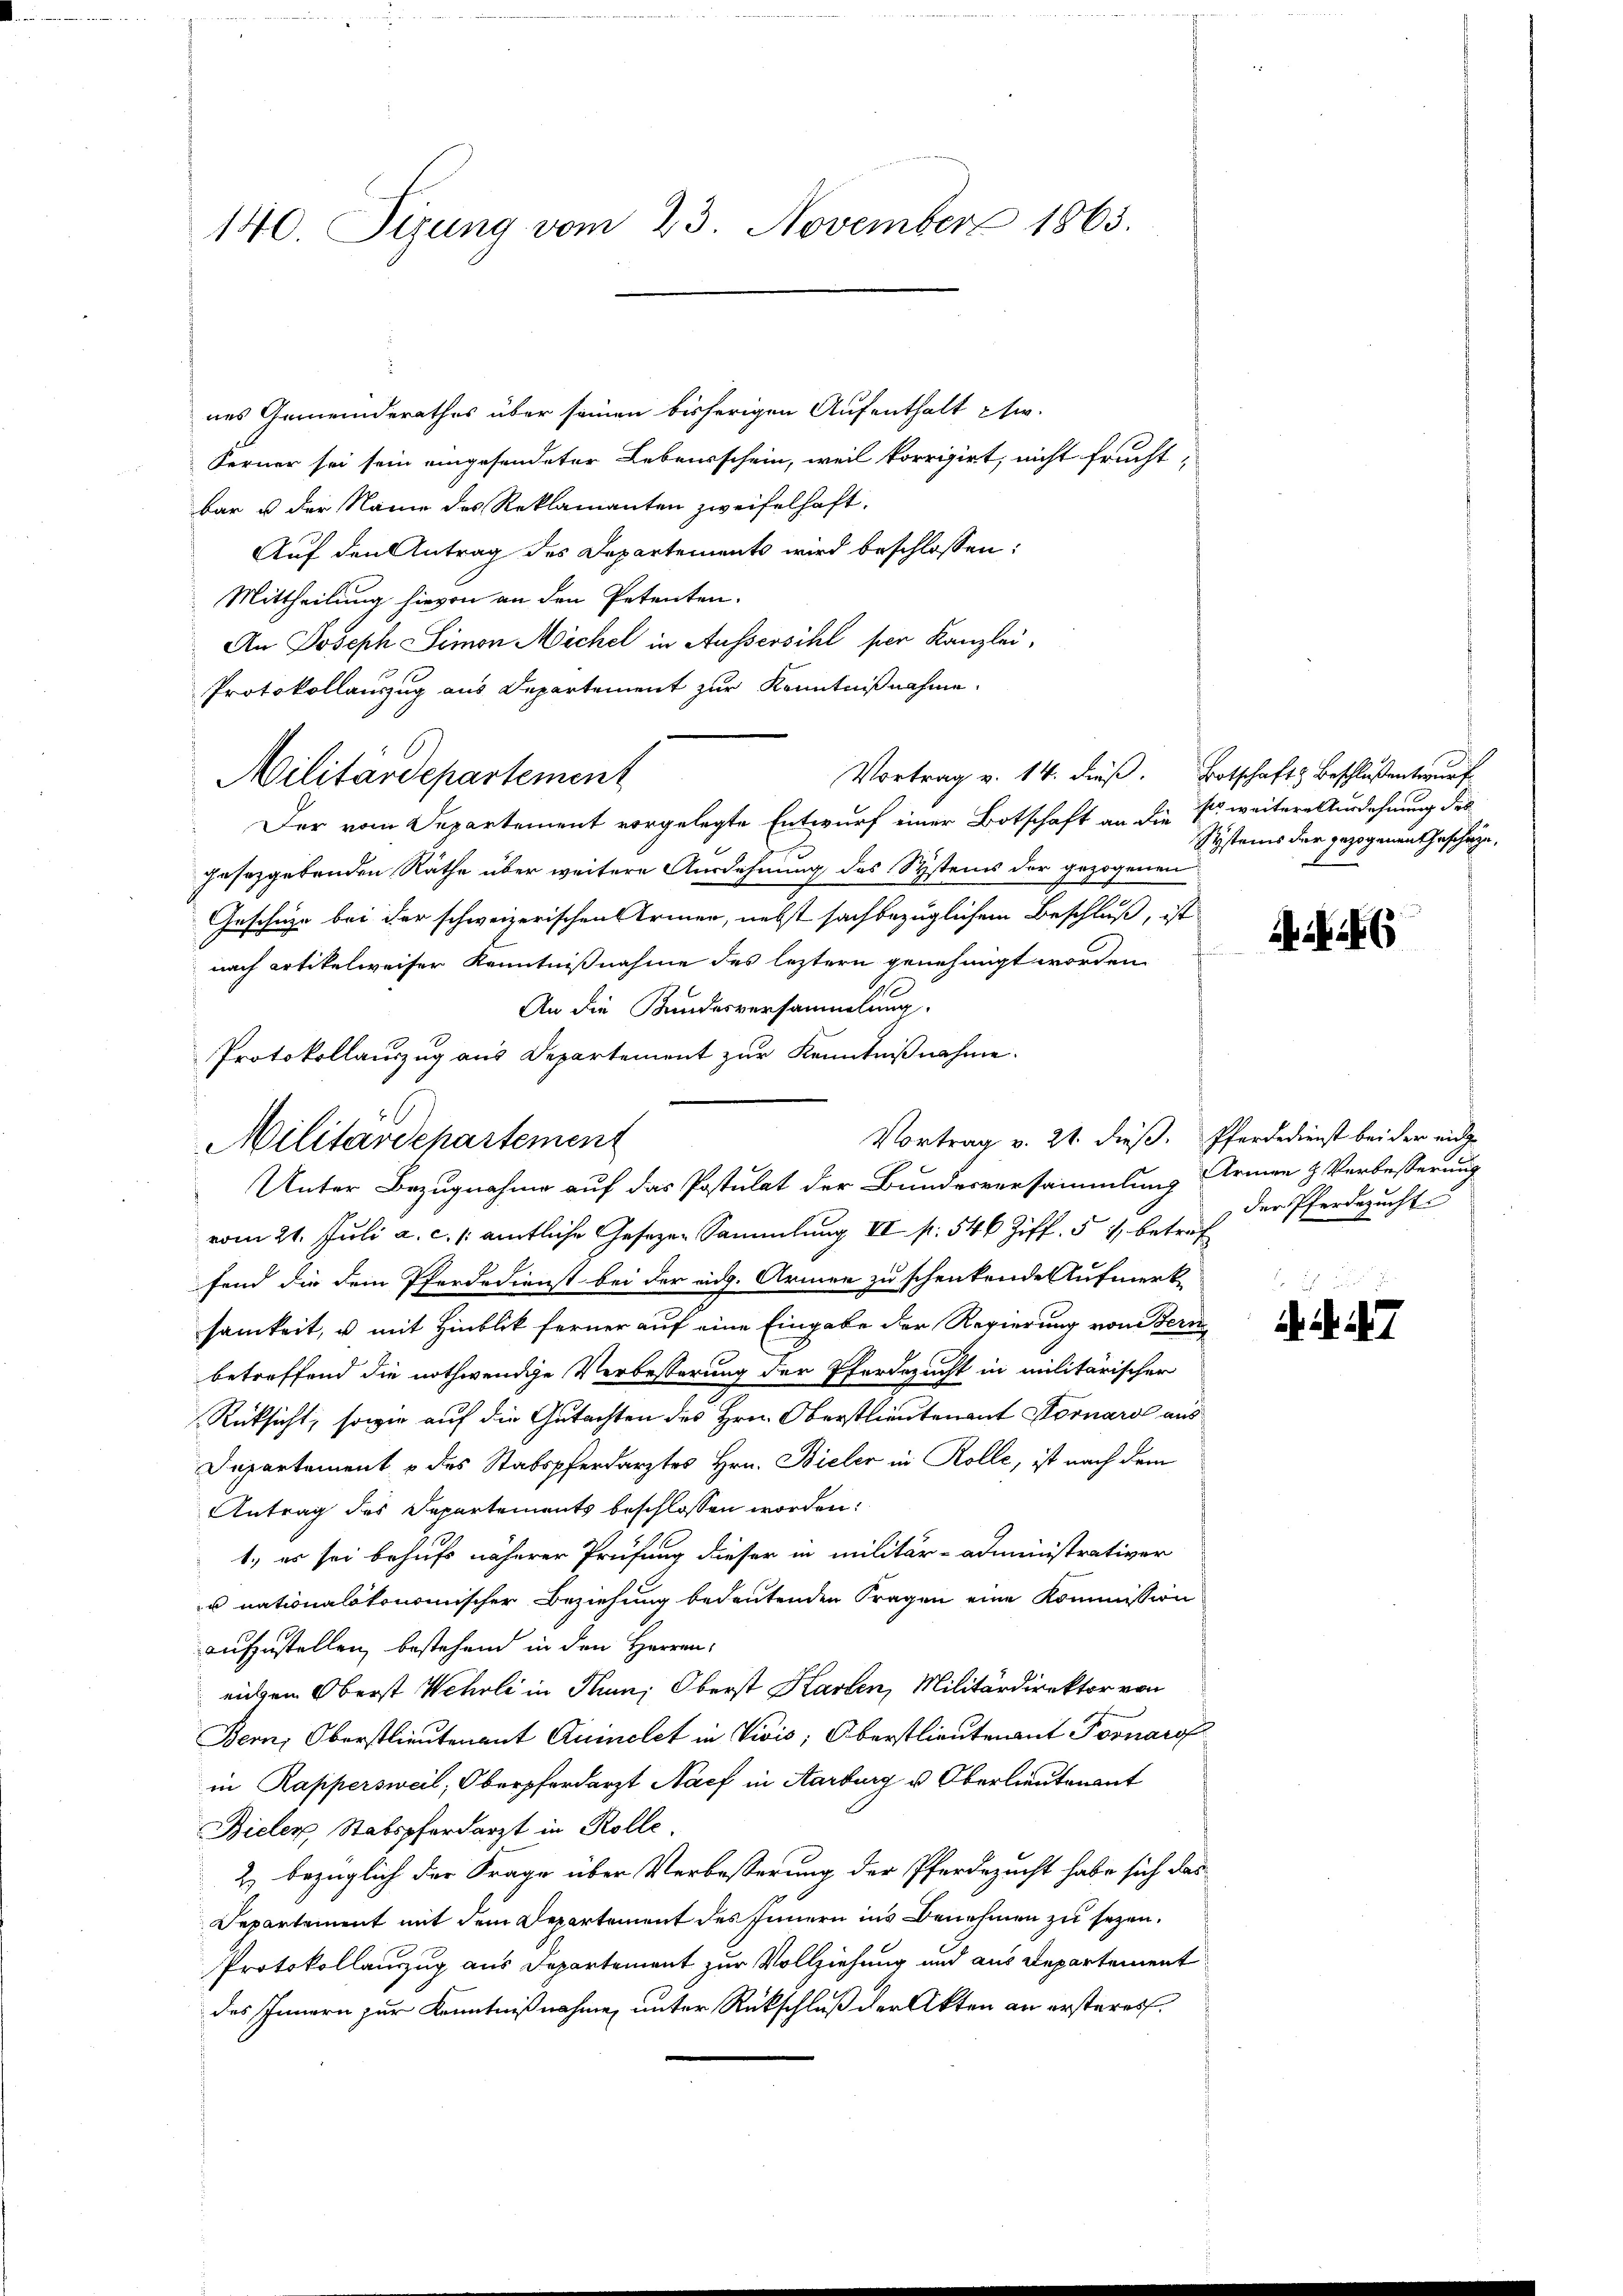
140. Sizung vom 23. November 1863.

nes Gemeinderathes über seinen bisherigen Aufenthalt etw
Ferner sei sein eingesendeter Lebensschein, weil korrigirt, nicht frucht-
bar u. der Name des Reklamanten zweifelhaft.
Auf den Antrag des Departements wird beschlossen:
Mittheilung hievon an den Petenten.
An Joseph Simon Michel in Aussersihl per Kanzlei,
Protokollauszug aus Departement zur Kenntnißnahme.
Vortrag v. 14. dieß. Botschaft Beschlussentwurf
Militärdepartement
Der vom Departement vorgelegte Entwurf einer Botschaft an die so weitere Ausdehnung des
gesetzgebenden Räthe über weitere Ausdehnung des Systems der gezogenen
Geschätze bei der schweizerischen Armen, nebst sachbezüglichem Beschluß, ist
nach Artikelweiser Kenntnißnahme des leztern genehmigt worden
An die Kundesversammlung.
Protokollauszug aus Departement zur Kenntnißnahme.
Vortrag v. 21. dieβ. Pferdedienst bei der eidge
Unter Bezugnahme auf das Postulat der Bundesversammlung Armen & Verbesserung
vom 21. Juli a. c. /: amtliche Gesezen Sammlung II p. 546 Ziff. 51 betref
fend die dem Pferdedienst bei der eidg. Armen zu schenkende Aufmerk-
samkeit, u mit Hinblik ferner auf eine Eingabe der Regierung von Stern
betreffend die nothwendige Verbesserung der Pferdezucht in militärischer
Rücksicht, sowie auf die Gutachten des Hrn. Oberstlieutenant Hornaro aus
Departement & des Stabspferdarztes Hrn. Bieler in Rolle, ist nach dem
Antrag des Departements beschlossen worden:
1.) es sei behufs näherer Prüfung dieser in militär-Administrativer
u nationalstonomischer Beziehung bedeutenden Fragen eine Kommission
aufzustellen, bestehend in den Herren
eichen Oberst Wehrli in Num; Oberst Harden, Militärdirektor von
Bern, Oberstlieutenant Quinclet in Vivis; Oberstlieutenant Fornarof
in Rappersweil, Oberpferdarzt Nach in Aarburg u Oberlieutenant
Bieler, Stabspferdarzt in Rolle.
2) bezüglich der Frage über Verbesserung der Pferdezucht habe sich das
Departement mit dem Departement des Innern ins Benehmen zu sezen.
Protokollanzzug aus Departement zur Vollziehung und aus Departement
des Innern zur Kenntnißnahme unter Rückschluß der Akten an ersteres.

Militärdepartement

Systems der gezogenen Geschäge.

A . 6

der Pferdezucht

.